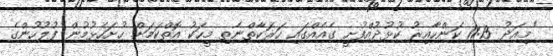
"މިއަދު 11:15 ކަންހާއިރު ކުޅުދުއްފުށީ ގެއެއްގައި ހަރަކާތްނެތި މީހަކު އޮތްކަމަށް ހުށަހެޅުމުން ފުލުހުންގެ